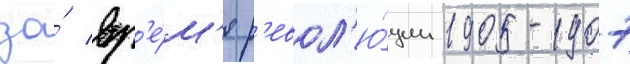
за́ вр'е́м'я р'евол'ю́ции 1905-1907